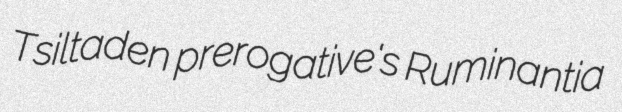
Tsiltaden prerogative's Ruminantia